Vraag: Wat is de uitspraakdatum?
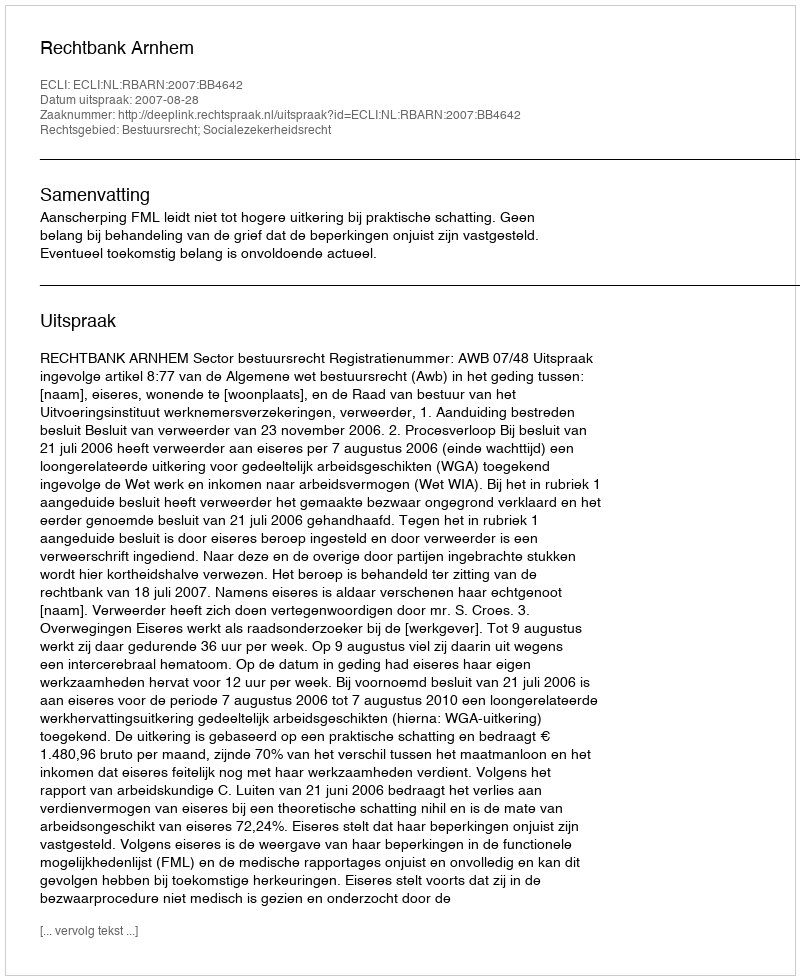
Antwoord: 2007-08-28